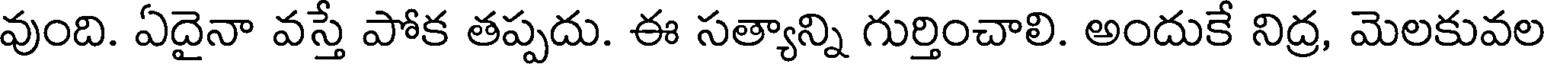
వుంది. ఏదైనా వస్తే పోక తప్పదు. ఈ సత్యాన్ని గుర్తించాలి. అందుకే నిద్ర, మెలకువల